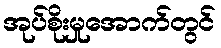
အုပ်စိုးမှုအောက်တွင်